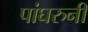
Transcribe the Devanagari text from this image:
पांघरुनी